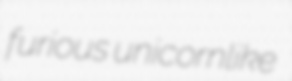
furious unicornlike